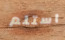
استلم